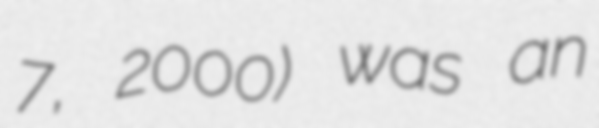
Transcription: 7, 2000) was an